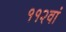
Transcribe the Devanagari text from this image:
११२वां